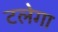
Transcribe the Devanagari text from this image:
टलेगा